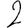
Digit: 2